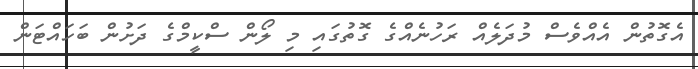
އެގޮތުން އެއްވެސް މުދަލެއް ރަހުނެއްގެ ގޮތުގައި މި ލޯން ސްކީމްގެ ދަށުން ބަހައްޓަން